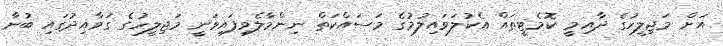
އަށް މަޖިލީހުގެ ދާއިމީ ކޮމެޓީތައް އެކުލަވައިލުމުގެ މަސައްކަތް ނިންމާލެވިފައިވަނީ މަޖިލީހުގެ ގަވާއިދުގައި ބުނާ